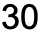
30